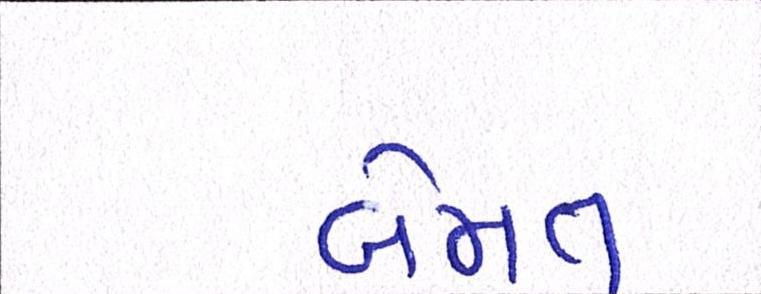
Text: બેમત